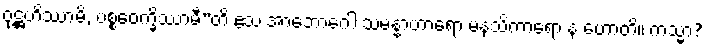
ဝုဋ္ဌဟိဿာမိ, ပစ္စဝေက္ခိဿာမီ”တိ ဧသ အာဘောဂေါ သမန္နာဟာရော မနသိကာရော န ဟောတိ။ ကသ္မာ?